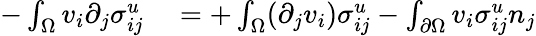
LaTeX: \begin{array}{rl}{-\int_{\Omega}v_{i}\partial_{j}\sigma_{ij}^{u}}&{{}=+\int_{\Omega}(\partial_{j}v_{i})\sigma_{ij}^{u}-\int_{\partial\Omega}v_{i}\sigma_{ij}^{u}n_{j}}\end{array}